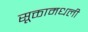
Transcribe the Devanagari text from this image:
सूक्तामधली